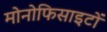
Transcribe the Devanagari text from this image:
मोनोफिसाइटों